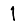
Digit: 1